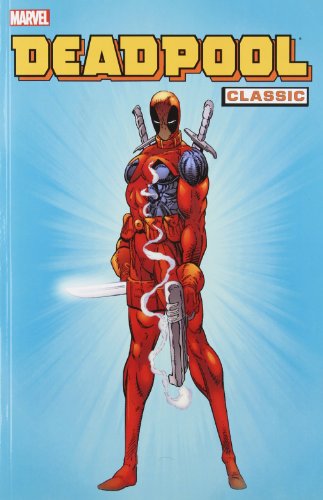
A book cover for Deadpool Classic, Vol. 1; Fabian Nicieza; Comics & Graphic Novels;